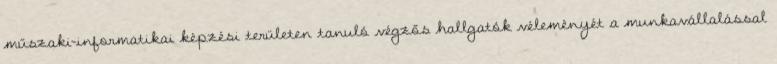
műszaki-informatikai képzési területen tanuló végzős hallgatók véleményét a munkavállalással